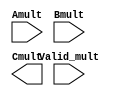
// Copyright (C) 2020-2021  The SymbiFlow Authors.
//
// Use of this source code is governed by a ISC-style
// license that can be found in the LICENSE file or at
// https://opensource.org/licenses/ISC
//
// SPDX-License-Identifier:ISC

(* blackbox *)
module qlal4s3_mult_32x32_cell (
    input  [31:0] Amult,
    input  [31:0] Bmult,
    input  [ 1:0] Valid_mult,
    output [63:0] Cmult
);

endmodule  /* qlal4s3_32x32_mult_cell */

(* blackbox *)
module qlal4s3_mult_16x16_cell (
    input  [15:0] Amult,
    input  [15:0] Bmult,
    input         Valid_mult,
    output [31:0] Cmult
);

endmodule  /* qlal4s3_16x16_mult_cell */


/* Verilog model of QLAL4S3 Multiplier */
/*qlal4s3_mult_cell*/
module signed_mult (
    A,
    B,
    Valid,
    C
);

  parameter WIDTH = 32;
  parameter CWIDTH = 2 * WIDTH;

  input [WIDTH-1:0] A, B;
  input Valid;
  output [CWIDTH-1:0] C;

  reg signed [WIDTH-1:0] A_q, B_q;
  wire signed [CWIDTH-1:0] C_int;

  assign C_int = A_q * B_q;
  assign valid_int = Valid;
  assign C = C_int;

  always @(*) if (valid_int == 1'b1) A_q <= A;

  always @(*) if (valid_int == 1'b1) B_q <= B;

endmodule


module qlal4s3_mult_cell_macro (
    Amult,
    Bmult,
    Valid_mult,
    sel_mul_32x32,
    Cmult
);

  input [31:0] Amult;
  input [31:0] Bmult;
  input [1:0] Valid_mult;
  input sel_mul_32x32;
  output [63:0] Cmult;

  wire [15:0] A_mult_16_0;
  wire [15:0] B_mult_16_0;
  wire [31:0] C_mult_16_0;
  wire [15:0] A_mult_16_1;
  wire [15:0] B_mult_16_1;
  wire [31:0] C_mult_16_1;
  wire [31:0] A_mult_32;
  wire [31:0] B_mult_32;
  wire [63:0] C_mult_32;
  wire        Valid_mult_16_0;
  wire        Valid_mult_16_1;
  wire        Valid_mult_32;


  assign Cmult           = sel_mul_32x32 ? C_mult_32 : {C_mult_16_1, C_mult_16_0};

  assign A_mult_16_0     = sel_mul_32x32 ? 16'h0 : Amult[15:0];
  assign B_mult_16_0     = sel_mul_32x32 ? 16'h0 : Bmult[15:0];
  assign A_mult_16_1     = sel_mul_32x32 ? 16'h0 : Amult[31:16];
  assign B_mult_16_1     = sel_mul_32x32 ? 16'h0 : Bmult[31:16];

  assign A_mult_32       = sel_mul_32x32 ? Amult : 32'h0;
  assign B_mult_32       = sel_mul_32x32 ? Bmult : 32'h0;

  assign Valid_mult_16_0 = sel_mul_32x32 ? 1'b0 : Valid_mult[0];
  assign Valid_mult_16_1 = sel_mul_32x32 ? 1'b0 : Valid_mult[1];
  assign Valid_mult_32   = sel_mul_32x32 ? Valid_mult[0] : 1'b0;

  signed_mult #(
      .WIDTH(16)
  ) u_signed_mult_16_0 (
      .A    (A_mult_16_0),  //I: 16 bits
      .B    (B_mult_16_0),  //I: 16 bits
      .Valid(Valid_mult_16_0),  //I
      .C    (C_mult_16_0)  //O: 32 bits
  );

  signed_mult #(
      .WIDTH(16)
  ) u_signed_mult_16_1 (
      .A    (A_mult_16_1),  //I: 16 bits
      .B    (B_mult_16_1),  //I: 16 bits
      .Valid(Valid_mult_16_1),  //I
      .C    (C_mult_16_1)  //O: 32 bits
  );

  signed_mult #(
      .WIDTH(32)
  ) u_signed_mult_32 (
      .A    (A_mult_32),  //I: 32 bits
      .B    (B_mult_32),  //I: 32 bits
      .Valid(Valid_mult_32),  //I
      .C    (C_mult_32)  //O: 64 bits
  );

endmodule
/*qlal4s3_mult_cell*/